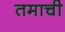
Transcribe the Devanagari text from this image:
तमाची